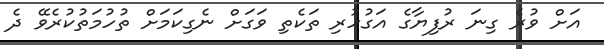
އަށް ވުރެ ގިނަ ރުފިޔާގެ އަގުހުރި ތަކެތި ވަގަށް ނެގިކަމަށް ތުހުމަތުކުރެވޭ ދެ